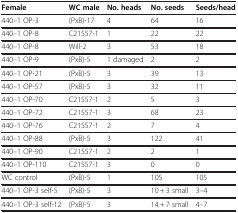
<table><thead><tr><td><b>Female</b></td><td><b>WC male</b></td><td><b>No. heads</b></td><td><b>No. seeds</b></td><td><b>Seeds/head</b></td></tr></thead><tbody><tr><td>440–1 OP-3</td><td>(PxB)-17</td><td>4</td><td>64</td><td>16</td></tr><tr><td>440–1 OP-8</td><td>C21557-1</td><td>1</td><td>22</td><td>22</td></tr><tr><td>440–1 OP-8</td><td>Will-2</td><td>3</td><td>53</td><td>18</td></tr><tr><td>440–1 OP-9</td><td>(PxB)-5</td><td>1 damaged</td><td>2</td><td>2</td></tr><tr><td>440–1 OP-21</td><td>(PxB)-5</td><td>3</td><td>39</td><td>13</td></tr><tr><td>440–1 OP-57</td><td>(PxB)-5</td><td>3</td><td>32</td><td>11</td></tr><tr><td>440–1 OP-70</td><td>C21557-1</td><td>2</td><td>5</td><td>3</td></tr><tr><td>440–1 OP-72</td><td>C21557-1</td><td>3</td><td>68</td><td>23</td></tr><tr><td>440–1 OP-76</td><td>C21557-1</td><td>2</td><td>7</td><td>4</td></tr><tr><td>440–1 OP-88</td><td>(PxB)-5</td><td>3</td><td>122</td><td>41</td></tr><tr><td>440–1 OP-90</td><td>C21557-1</td><td>2</td><td>2</td><td>1</td></tr><tr><td>440–1 OP-110</td><td>C21557-1</td><td>3</td><td>0</td><td>0</td></tr><tr><td>WC control</td><td>(PxB)-5</td><td>1</td><td>105</td><td>105</td></tr><tr><td>440–1 OP-3 self-5</td><td>(PxB)-5</td><td>3</td><td>10+3 small</td><td>3–4</td></tr><tr><td>440–1 OP-3 self-12</td><td>(PxB)-5</td><td>3</td><td>14+7 small</td><td>4–7</td></tr></tbody></table>